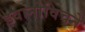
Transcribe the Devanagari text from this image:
इवानोविचने